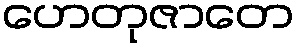
ဟေတုဇာတေ